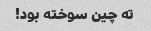
ته چین سوخته بود!